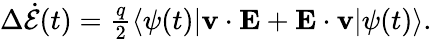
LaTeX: \begin{array}{r}{\Delta\dot{\mathcal{E}}(t)=\frac{q}{2}\langle\psi(t)|{\mathbf v}\cdot{\mathbf E}+{\mathbf E}\cdot{\mathbf v}|\psi(t)\rangle.}\end{array}